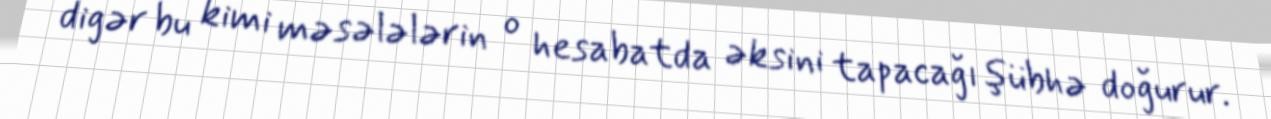
digər bu kimi məsələlərin o hesabatda əksini tapacağı şübhə doğurur.